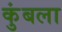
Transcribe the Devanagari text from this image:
कुंबला